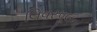
લિવરપૂલના